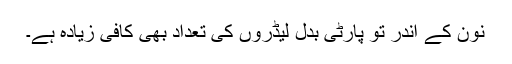
نُون کے اندر تو پارٹی بدل لیڈروں کی تعداد بھی کافی زیادہ ہے۔